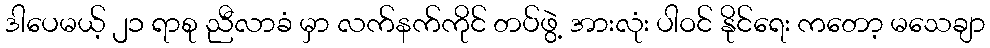
ဒါပေမယ့် ၂၁ ရာစု ညီလာခံ မှာ လက်နက်ကိုင် တပ်ဖွဲ့ အားလုံး ပါဝင် နိုင်ရေး ကတော့ မသေချာ